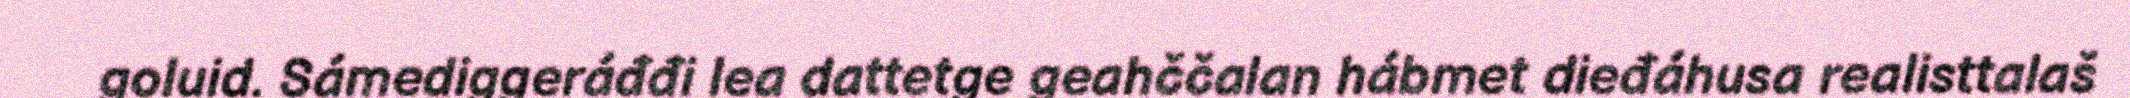
goluid. Sámediggeráđđi lea dattetge geahččalan hábmet dieđáhusa realisttalaš